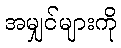
အမျှင်များကို